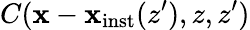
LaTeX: C(\mathbf{x}-\mathbf{x}_{\mathrm{{inst}}}(z^{\prime}),z,z^{\prime})